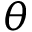
\theta